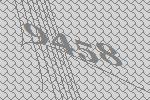
9458